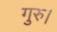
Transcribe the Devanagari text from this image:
गुरु।